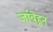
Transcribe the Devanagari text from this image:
जांबेहून